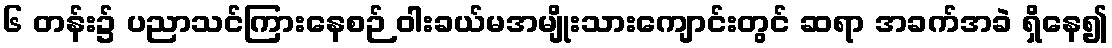
၆ တန်း၌ ပညာသင်ကြားနေစဉ် ဝါးခယ်မအမျိုးသားကျောင်းတွင် ဆရာ အခက်အခဲ ရှိနေ၍